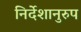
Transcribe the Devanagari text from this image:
निर्देशानुरुप